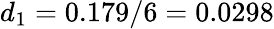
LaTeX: d_{1}=0.179/6=0.0298